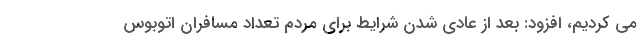
می کردیم، افزود: بعد از عادی شدن شرایط برای مردم تعداد مسافران اتوبوس